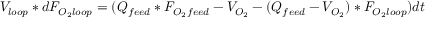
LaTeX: V _ { l o o p } * d F _ { O _ { 2 } l o o p } = ( Q _ { f e e d } * F _ { O _ { 2 } f e e d } - V _ { O _ { 2 } } - ( Q _ { f e e d } - V _ { O _ { 2 } } ) * F _ { O _ { 2 } l o o p } ) d t